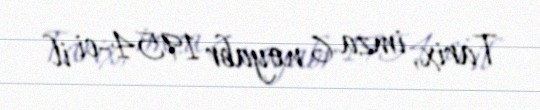
Tarix, imza 6 noyabr 1954-ci il